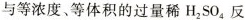
与等浓度、等体积的过量稀H_{2}SO_{4}反